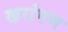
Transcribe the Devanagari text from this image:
खरांगण